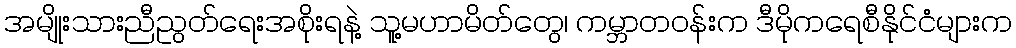
အမျိုးသားညီညွတ်ရေးအစိုးရနဲ့ သူ့မဟာမိတ်တွေ၊ ကမ္ဘာတဝန်းက ဒီမိုကရေစီနိုင်ငံများက